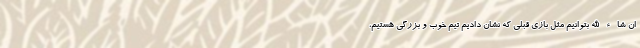
ان شاء الله بتوانیم مثل بازی قبلی که نشان دادیم تیم خوب و بزرگی هستیم،